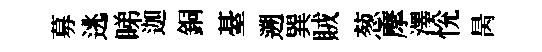
募逃睇迦銅䑓遡巽賊葱摩澤恱昺